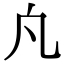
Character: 𭂫